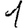
Digit: 1